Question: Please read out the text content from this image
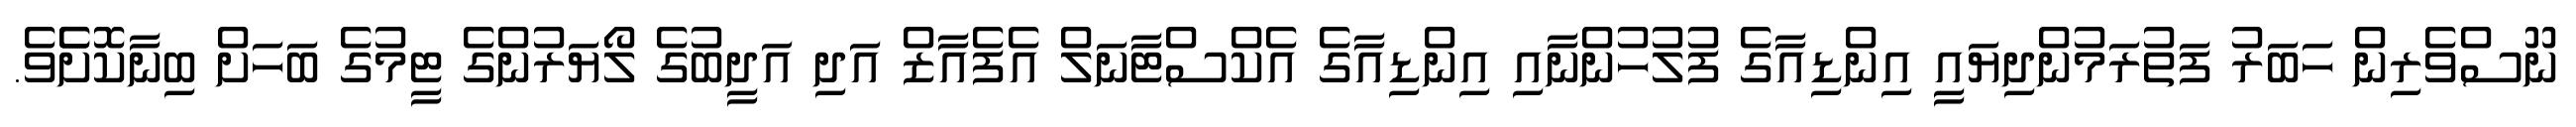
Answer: ނޫސްވެރިން ހަބަރު ފަތުރަމުންދިޔައީ އިންޑިއާގެ ފުލުހުންނާއި އިންޑިއާގެ އެކްސްޓާނަލް އެފެއާޒް އަދި އަދީބުގެ ލޯޔަރުންގެ ޓީމުގެ ބަހަށް ބިނާކޮށެެވެ.